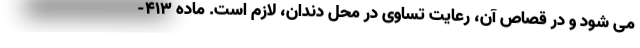
می شود و در قصاص آن، رعایت تساوی در محل دندان، لازم است. ماده ۴۱۳-